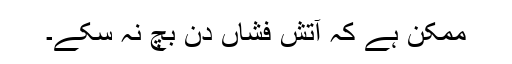
ممکن ہے کہ آتش فشاں دن بچ نہ سکے۔